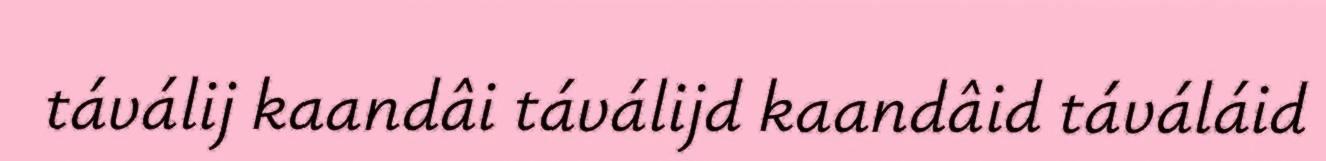
táválij kaandâi táválijd kaandâid táváláid